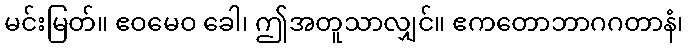
မင်းမြတ်။ ဧဝမေဝ ခေါ၊ ဤအတူသာလျှင်။ ဧကတောဘာဂဂတာနံ၊